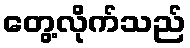
တွေ့လိုက်သည်